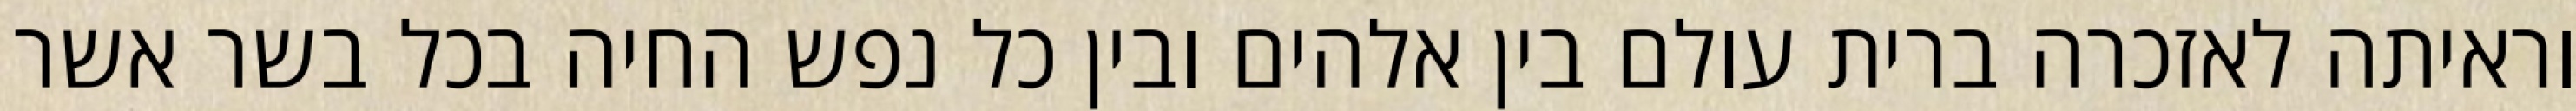
וראיתה לאזכרה ברית עולם בין אלהים ובין כל נפש החיה בכל בשר אשר